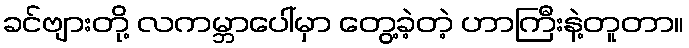
ခင်ဗျားတို့ လကမ္ဘာပေါ်မှာ တွေ့ခဲ့တဲ့ ဟာကြီးနဲ့တူတာ။